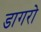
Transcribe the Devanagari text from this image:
डागरो